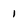
Character: 1